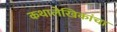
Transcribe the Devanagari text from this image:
कथालेखिकांचा